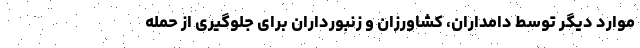
موارد دیگر توسط دامداران، کشاورزان و زنبورداران برای جلوگیری از حمله